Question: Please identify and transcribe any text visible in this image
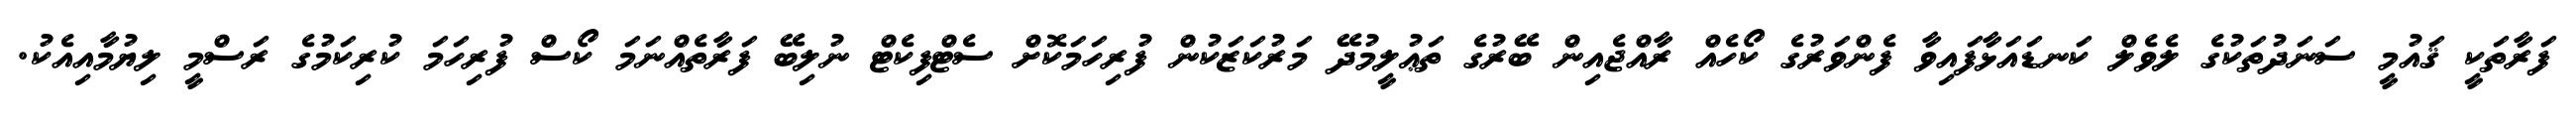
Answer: ފަރާތަކީ ޤައުމީ ސަނަދުތަކުގެ ލެވެލް ކަނޑައަޅާފައިވާ ފެންވަރުގެ ކޯހެއް ރާއްޖެއިން ބޭރުގެ ތަޢުލީމުދޭ މަރުކަޒަކުން ފުރިހަމަކޮށް ސެޓްފިކެޓް ނުލިބޭ ފަރާތެއްނަމަ ކޯސް ފުރިހަމަ ކުރިކަމުގެ ރަސްމީ ލިޔުމާއިއެކު.